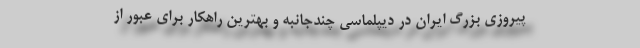
پیروزی بزرگ ایران در دیپلماسی چندجانبه و بهترین راهکار برای عبور از